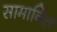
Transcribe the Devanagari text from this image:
सामानित